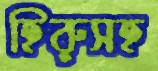
হিরুসহ